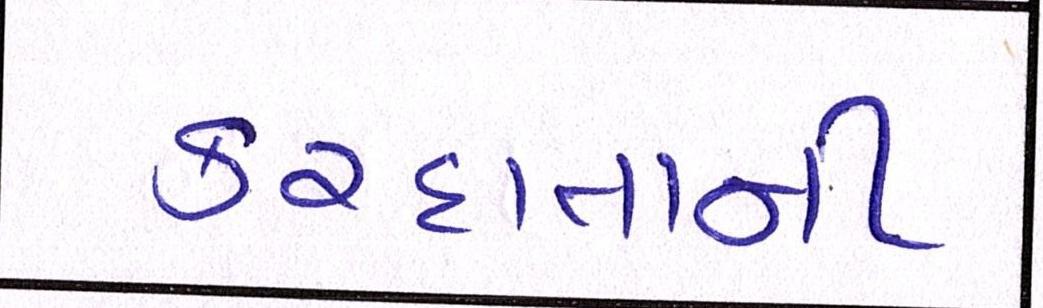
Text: કરદાતાની